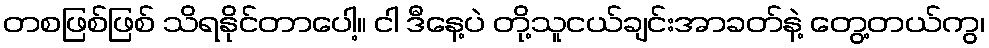
တစဖြစ်ဖြစ် သိရနိုင်တာပေါ့။ ငါ ဒီနေ့ပဲ တို့သူငယ်ချင်းအာခတ်နဲ့ တွေ့တယ်ကွ၊